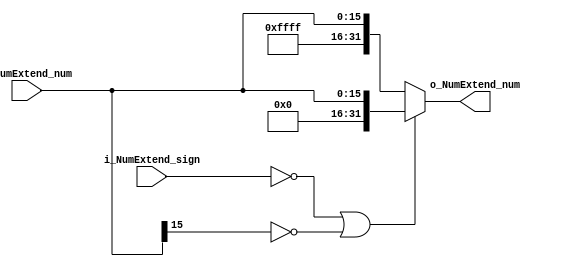
`timescale 1ns / 1ps

module NumExtend(
		input wire [15:0] i_NumExtend_num,
		input wire i_NumExtend_sign,
		output wire [31:0] o_NumExtend_num
	);
	
	assign o_NumExtend_num = (i_NumExtend_sign == 0 || i_NumExtend_num[15] == 0) ? 
							{16'h0000, i_NumExtend_num} : 
							{16'hffff, i_NumExtend_num};
endmodule